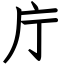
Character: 庁